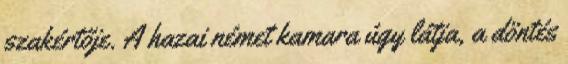
szakértője. A hazai német kamara úgy látja, a döntés